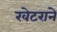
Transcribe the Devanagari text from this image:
खेटराने